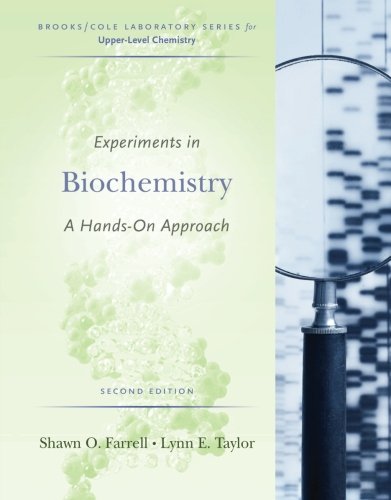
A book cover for Experiments in Biochemistry: A Hands-on Approach (Brooks/Cole Laboratory); Shawn O. Farrell; Science & Math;